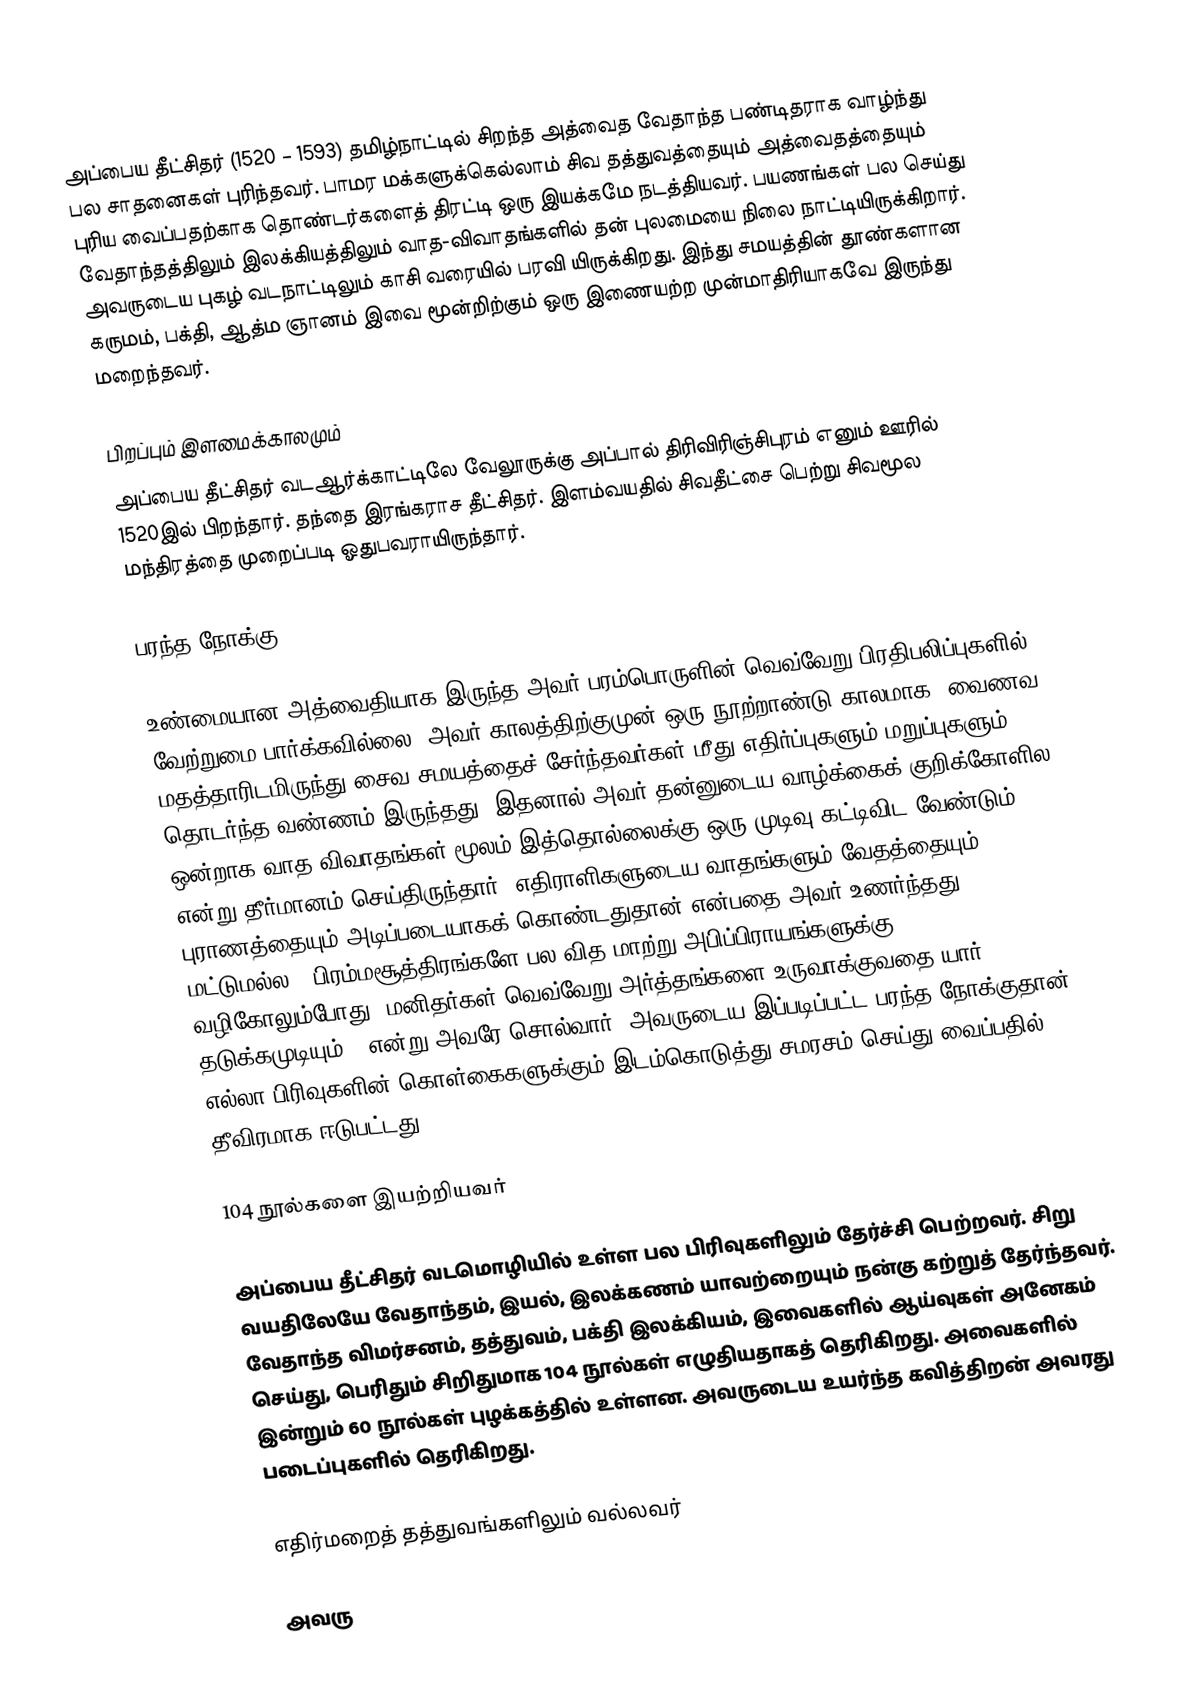
அப்பைய தீட்சிதர் (1520 – 1593)  தமிழ்நாட்டில் சிறந்த அத்வைத வேதாந்த பண்டிதராக வாழ்ந்து பல சாதனைகள் புரிந்தவர். பாமர மக்களுக்கெல்லாம் சிவ தத்துவத்தையும் அத்வைதத்தையும் புரிய வைப்பதற்காக தொண்டர்களைத் திரட்டி ஒரு இயக்கமே நடத்தியவர்.  பயணங்கள் பல செய்து வேதாந்தத்திலும் இலக்கியத்திலும் வாத-விவாதங்களில் தன் புலமையை நிலை நாட்டியிருக்கிறார். அவருடைய புகழ் வடநாட்டிலும் காசி வரையில் பரவி யிருக்கிறது.  இந்து சமயத்தின் தூண்களான கருமம், பக்தி, ஆத்ம ஞானம் இவை மூன்றிற்கும் ஒரு இணையற்ற முன்மாதிரியாகவே இருந்து மறைந்தவர்.

பிறப்பும் இளமைக்காலமும்
அப்பைய தீட்சிதர் வடஆர்க்காட்டிலே வேலூருக்கு அப்பால் திரிவிரிஞ்சிபுரம் எனும் ஊரில் 1520இல் பிறந்தார். தந்தை இரங்கராச தீட்சிதர். இளம்வயதில் சிவதீட்சை பெற்று சிவமூல மந்திரத்தை முறைப்படி ஓதுபவராயிருந்தார்.

பரந்த நோக்கு

உண்மையான அத்வைதியாக இருந்த அவர் பரம்பொருளின் வெவ்வேறு பிரதிபலிப்புகளில் வேற்றுமை பார்க்கவில்லை. அவர் காலத்திற்குமுன்  ஒரு நூற்றாண்டு காலமாக, வைணவ மதத்தாரிடமிருந்து சைவ சமயத்தைச் சேர்ந்தவர்கள் மீது எதிர்ப்புகளும் மறுப்புகளும் தொடர்ந்த வண்ணம் இருந்தது. இதனால் அவர் தன்னுடைய வாழ்க்கைக் குறிக்கோளில ஒன்றாக வாத-விவாதங்கள் மூலம் இத்தொல்லைக்கு ஒரு முடிவு கட்டிவிட வேண்டும் என்று தீர்மானம் செய்திருந்தார்.  எதிராளிகளுடைய வாதங்களும் வேதத்தையும் புராணத்தையும் அடிப்படையாகக் கொண்டதுதான் என்பதை அவர் உணர்ந்தது மட்டுமல்ல; “பிரம்மசூத்திரங்களே பல வித மாற்று அபிப்பிராயங்களுக்கு வழிகோலும்போது, மனிதர்கள் வெவ்வேறு அர்த்தங்களை உருவாக்குவதை யார் தடுக்கமுடியும்?” என்று அவரே சொல்வார். அவருடைய இப்படிப்பட்ட பரந்த நோக்குதான் எல்லா பிரிவுகளின் கொள்கைகளுக்கும் இடம்கொடுத்து சமரசம் செய்து வைப்பதில் தீவிரமாக ஈடுபட்டது.

104 நூல்களை இயற்றியவர்

அப்பைய தீட்சிதர் வடமொழியில் உள்ள பல பிரிவுகளிலும் தேர்ச்சி பெற்றவர். சிறு வயதிலேயே வேதாந்தம், இயல், இலக்கணம் யாவற்றையும் நன்கு கற்றுத் தேர்ந்தவர். வேதாந்த விமர்சனம், தத்துவம், பக்தி இலக்கியம், இவைகளில் ஆய்வுகள் அனேகம் செய்து, பெரிதும் சிறிதுமாக 104 நூல்கள்  எழுதியதாகத் தெரிகிறது.   அவைகளில் இன்றும் 60 நூல்கள் புழக்கத்தில் உள்ளன. அவருடைய உயர்ந்த கவித்திறன் அவரது படைப்புகளில் தெரிகிறது.

எதிர்மறைத் தத்துவங்களிலும் வல்லவர்

அவரு